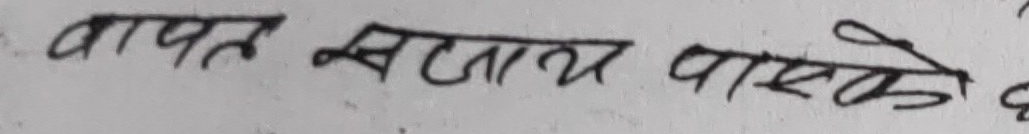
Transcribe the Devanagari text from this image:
बापत सजाय पाएको छ।